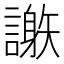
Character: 𧬄